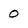
Character: O